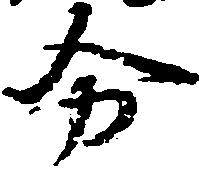
分